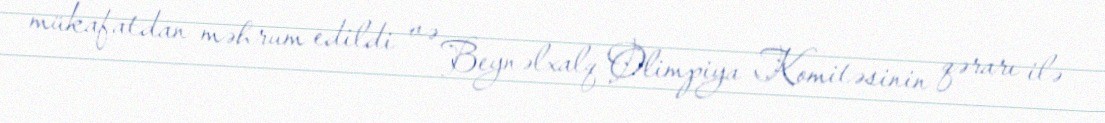
mükafatdan məhrum edildi və Beynəlxalq Olimpiya Komitəsinin qərarı ilə